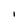
Character: I